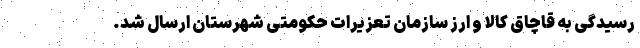
رسیدگی به قاچاق کالا و ارز سازمان تعزیرات حکومتی شهرستان ارسال شد.